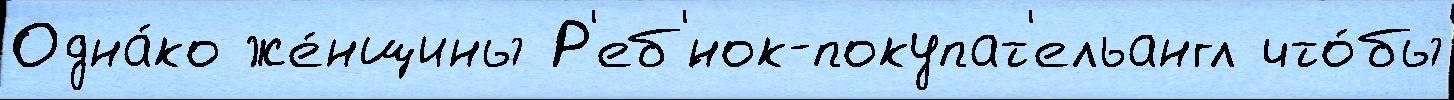
Одна́ко же́нщины Р'еб'́нок-покупат'ельангл что́бы